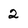
Character: 2